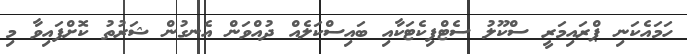
ހަމައެކަނި ޕްރައިމަރީ ސްކޫލު ސެޓްފިކެޓަކާއި ބައިސްކަލެއް ދުއްވަން އެނގުން ޝަރުތު ކޮށްފައިވާ މި